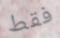
فقط